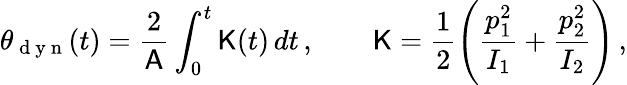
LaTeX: \theta_{\mathrm{~d~y~n~}}(t)=\frac{2}{\mathsf{A}}\int_{0}^{t}\mathsf{K}(t)\, dt\, ,\qquad\mathsf{K}=\frac{1}{2}\left(\frac{p_{1}^{2}}{I_{1}}+\frac{p_{2}^{2}}{I_{2}}\right)\, ,